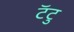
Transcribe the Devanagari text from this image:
टॅटु